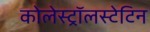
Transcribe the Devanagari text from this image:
कोलेस्ट्रॉलस्टेटिन